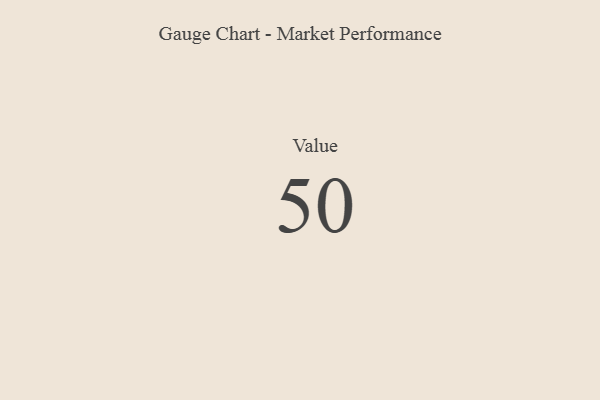
{"axis": {"x": "Metric", "y": "Value"}, "legend": [""], "data": [{"x": "Value", "y": 50, "type": ""}]}